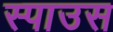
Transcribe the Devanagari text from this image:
स्पाउस